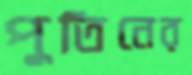
পুতিনের